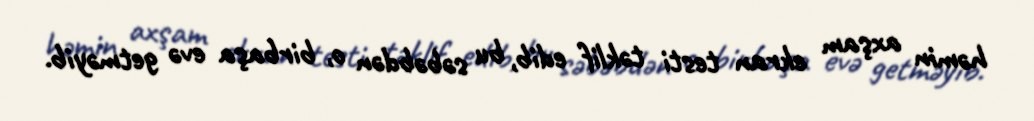
həmin axşam ekran testi təklif edib, bu səbəbdən o, birbaşa evə getməyib.